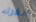
القراء